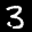
Label: 3